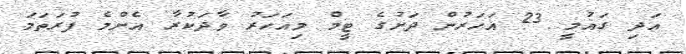
އަދި ގައުމީ 23 އަހަރުން ދަށުގެ ޓީމް މިއަހަރު ވާދަކުރާ އެންމެ ފުރަތަމަ